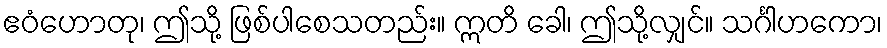
ဧဝံဟောတု၊ ဤသို့ ဖြစ်ပါစေသတည်း။ ဣတိ ခေါ၊ ဤသို့လျှင်။ သင်္ဂါဟကော၊